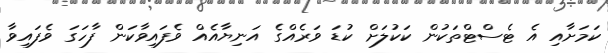
ކަމަށާއި އެ ޓެސްޓްތަކުން ކަކުލަށް ކުޑަ ވަރެއްގެ އަނިޔާއެއް ވެފައިވާކަން ފާހަގަ ވެފައިވާ